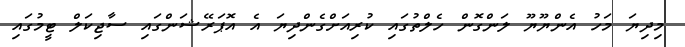
މިދިޔަ މަހު އެންޔޫޔޫ ލަންގޮން ހެލްތުގައި ކުރިއަށްގެންދިޔަ އެ އޮޕަރޭޝަންގައި ސާޖިކަލް ޓީމުގައި